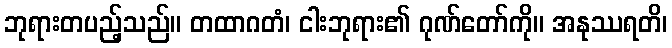
ဘုရားတပည့်သည်။ တထာဂတံ၊ ငါးဘုရား၏ ဂုဏ်တော်ကို။ အနုဿရတိ၊